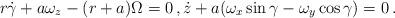
LaTeX: \begin{align*} r\dot\gamma+a\omega_z-(r+a)\Omega=0 \,, \dot z +a (\omega_x\sin\gamma- \omega_y\cos\gamma)=0 \,.\end{align*}